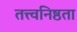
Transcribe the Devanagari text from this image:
तत्त्वनिष्ठता